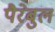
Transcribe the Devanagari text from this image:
पैरेबुल